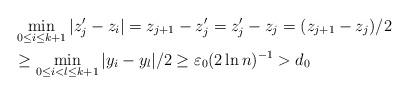
LaTeX: \begin{align*}&\min_{0\leq i\leq k+1}|z_j'-z_i|=z_{j+1}-z_j'=z_j'-z_j=(z_{j+1}-z_j)/2\\ &\geq\min_{0\leq i<l\leq k+1}|y_i-y_l|/2\geq \varepsilon_0(2\ln n)^{-1}>d_0\end{align*}